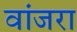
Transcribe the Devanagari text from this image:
वांजरा